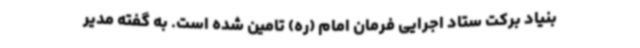
بنیاد برکت ستاد اجرایی فرمان امام (ره) تامین شده است. به گفته مدیر